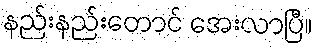
နည်းနည်းတောင် အေးလာပြီ။